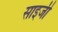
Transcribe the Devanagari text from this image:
साइजी